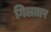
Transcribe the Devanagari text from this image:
गिलतार